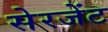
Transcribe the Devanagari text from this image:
सेरजेंट